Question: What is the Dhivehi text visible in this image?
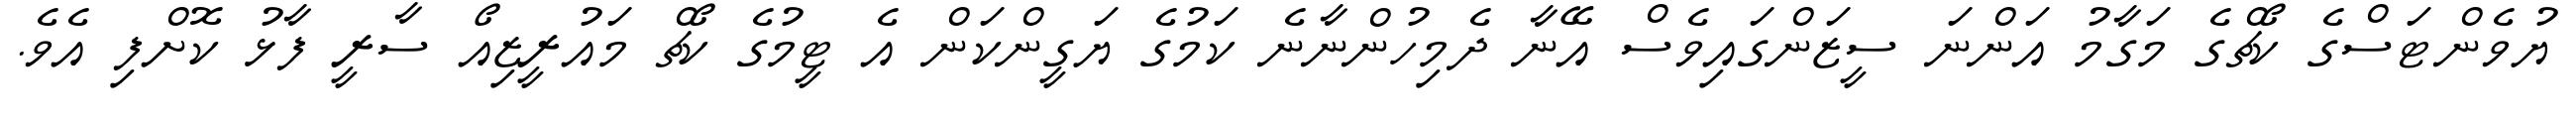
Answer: ޔުވެންޓަސްގެ ކޯޗްގެ މަގާމު އަންނަ ސީޒަންގައިވެސް އޭނާ ދެމިހުންނާނެ ކަމުގެ ޔަގީންކަން އެ ޓީމުގެ ކޯޗް މައުރީޒިއޯ ސާރީ ފާޅު ކޮށްފި އެވެ.